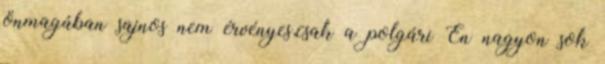
önmagában sajnos nem érvényes,csak a polgári Én nagyon sok